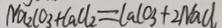
N a _ { 2 } C O _ { 3 } + C a C l _ { 2 } = C a C O _ { 3 } + 2 N a C l